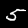
Digit: 5